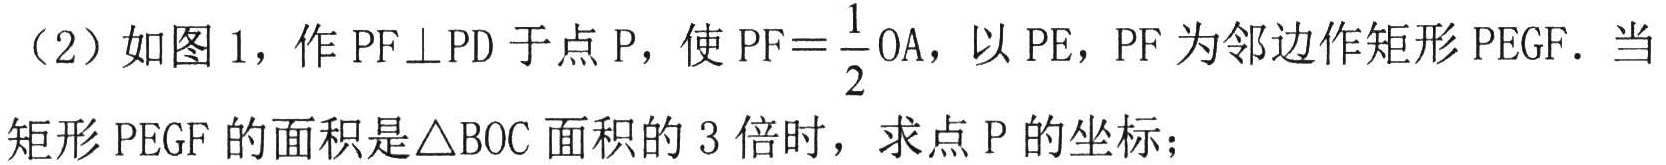
(2）如图1，作\(PF\perp PD\)于点\(P\)，使\(PF = \frac{1}{2}OA\)，以\(PE\)，\(PF\)为邻边作矩形\(PEGF\). 当矩形\(PEGF\)的面积是\(\triangle BOC\)面积的\(3\)倍时，求点\(P\)的坐标；